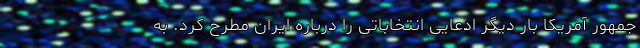
جمهور آمریکا بار دیگر ادعایی انتخاباتی را درباره ایران مطرح کرد. به